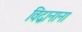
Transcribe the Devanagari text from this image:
विद्वानाना